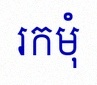
រកមុំ